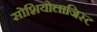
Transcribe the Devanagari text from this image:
सोशियोलाजिस्ट